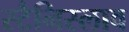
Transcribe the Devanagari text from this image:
स्टैनिस्लाव